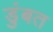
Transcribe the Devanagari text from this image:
डुंबत